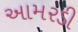
આમરડી